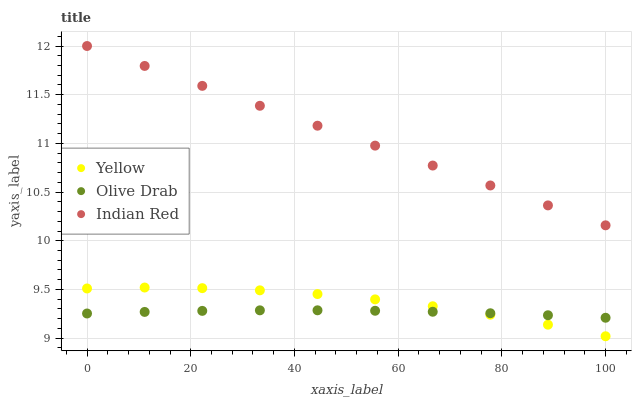
| xaxis_label | Yellow | Olive Drab | Indian Red |
 | --- | --- | --- | --- |
 | 0 | 9.51 | 9.25 | 12 |
 | 11.1 | 9.52 | 9.27 | 11.8 |
 | 22.2 | 9.51 | 9.28 | 11.6 |
 | 33.3 | 9.49 | 9.29 | 11.4 |
 | 44.4 | 9.45 | 9.29 | 11.2 |
 | 55.6 | 9.4 | 9.28 | 11 |
 | 66.7 | 9.33 | 9.27 | 10.8 |
 | 77.8 | 9.24 | 9.26 | 10.6 |
 | 88.9 | 9.14 | 9.24 | 10.4 |
 | 100 | 9.02 | 9.21 | 10.2 |